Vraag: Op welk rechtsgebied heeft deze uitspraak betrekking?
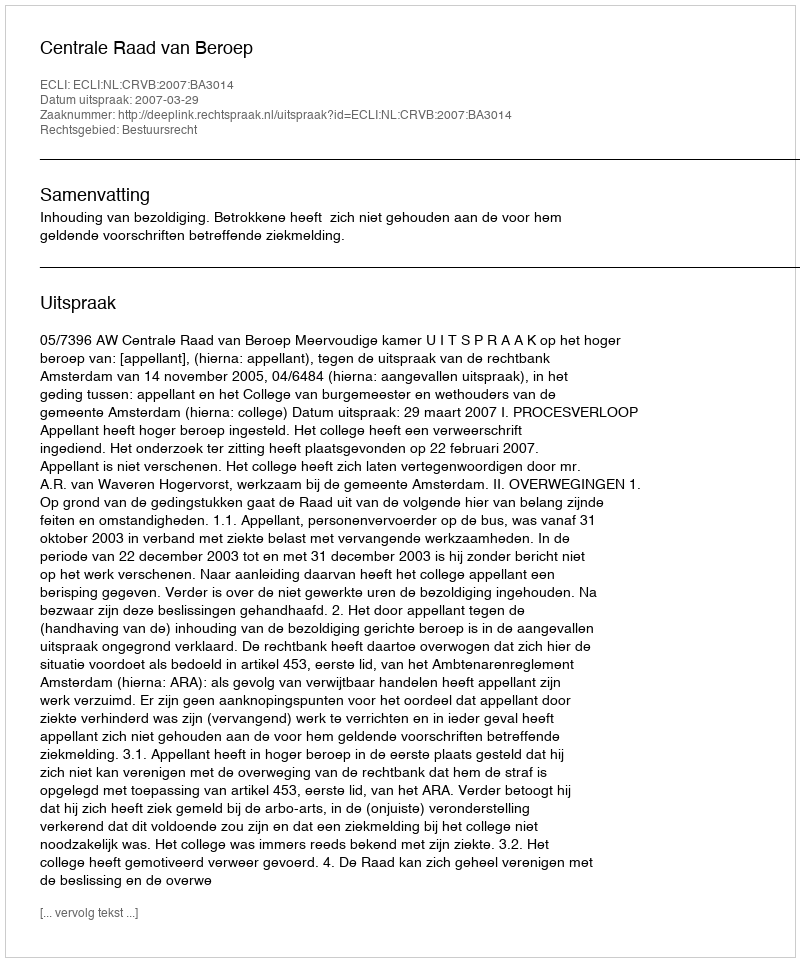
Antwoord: Bestuursrecht